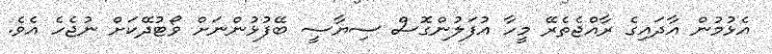
އެޅުމުން އާދައިގެ ރާއްޖެތެރޭ މީހާ އުފަލުންގޮސް ސިޔާސީ ބޭފުޅުންނަށް ވޯޓުދޭކަށް ނުޖެހެ އެވެ.